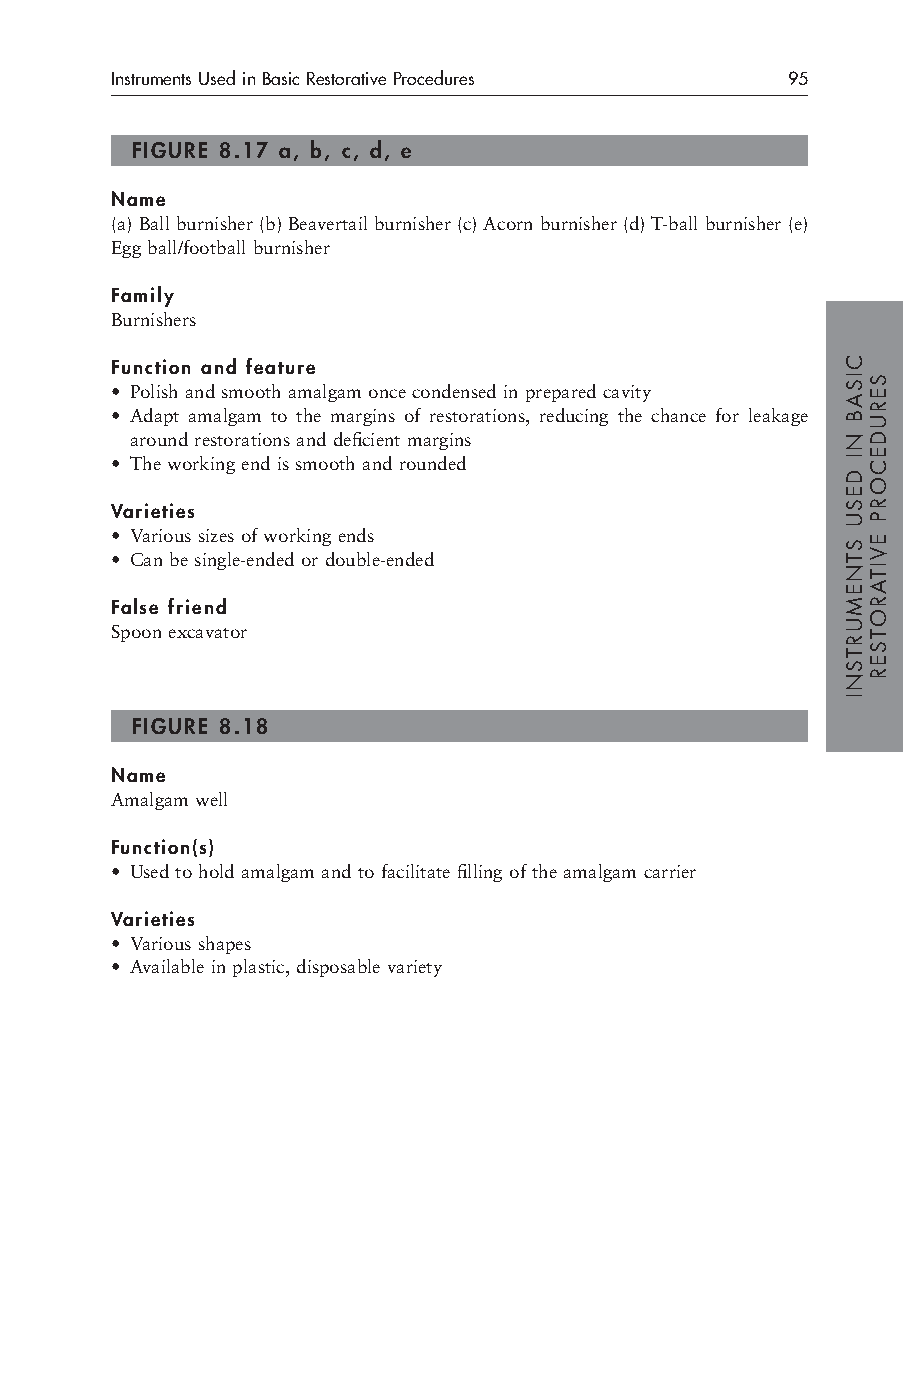
Instruments Used in Basic Restorative Procedures 95
 FIGURE 8.17 a, b, c, d, e
 Name
 (a) Ball burnisher (b) Beavertail burnisher (c) Acorn burnisher (d) T-ball burnisher (e)
 Egg ball/football burnisher
 Family
 Burnishers
 Function and feature
 • Polish and smooth amalgam once condensed in prepared cavity
 • Adapt amalgam to the margins of restorations, reducing the chance for leakage
 around restorations and deficient margins
 • The working end is smooth and rounded
 Varieties
 • Various sizes of working ends
 • Can be single-ended or double-ended
 False friend
 Spoon excavator
 FIGURE 8.18
 Name
 Amalgam well
 Function(s)
 • Used to hold amalgam and to facilitate filling of the amalgam carrier
 Varieties
 • Various shapes
 • Available in plastic, disposable variety
 CISAB
 NI
 DESU
 STNEMURTSNI
 SERUDECORP
 EVITAROTSER